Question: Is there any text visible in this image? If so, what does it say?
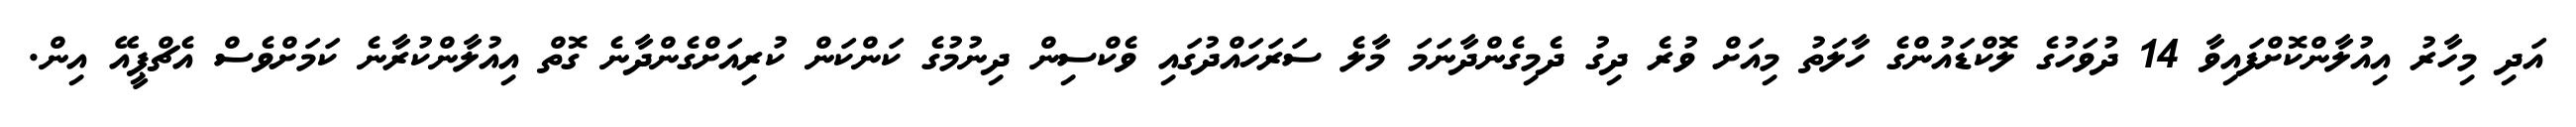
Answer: އަދި މިހާރު އިއުލާންކޮށްފައިވާ 14 ދުވަހުގެ ލޮކްޑައުންގެ ހާލަތު މިއަށް ވުރެ ދިގު ދެމިގެންދާނަމަ މާލެ ސަރަހައްދުގައި ވެކްސިން ދިނުމުގެ ކަންކަން ކުރިއަށްގެންދާނެ ގޮތް އިއުލާންކުރާނެ ކަމަށްވެސް އެޗްޕީއޭ އިން.